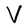
Character: V